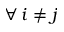
\forall \: i \neq j